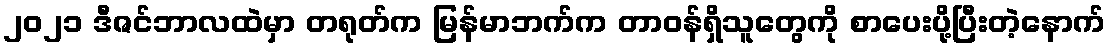
၂၀၂၁ ဒီဇင်ဘာလထဲမှာ တရုတ်က မြန်မာဘက်က တာဝန်ရှိသူတွေကို စာပေးပို့ပြီးတဲ့နောက်